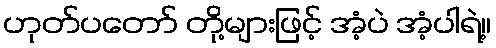
ဟုတ်ပတော် တို့များဖြင့် အံ့ပဲ အံ့ပါရဲ့။